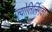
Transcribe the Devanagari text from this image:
ज्योतिर्लिगका